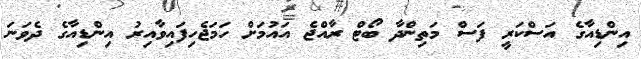
އިންޑިއާގެ އަސްކަރީ ފަސް މަތިންދާ ބޯޓް ރާއްޖެ އައުމަށް ހަމަޖެހިފައިވާއިރު އިންޑިއާގެ ދެވަނަ